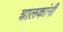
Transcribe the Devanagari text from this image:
शालकांनी